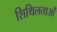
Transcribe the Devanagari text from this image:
शिथिलताओं